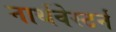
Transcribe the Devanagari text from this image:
नार्थवेस्टर्न